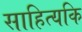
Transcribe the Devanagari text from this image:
साहित्यकि